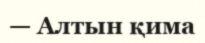
— Алтын қима